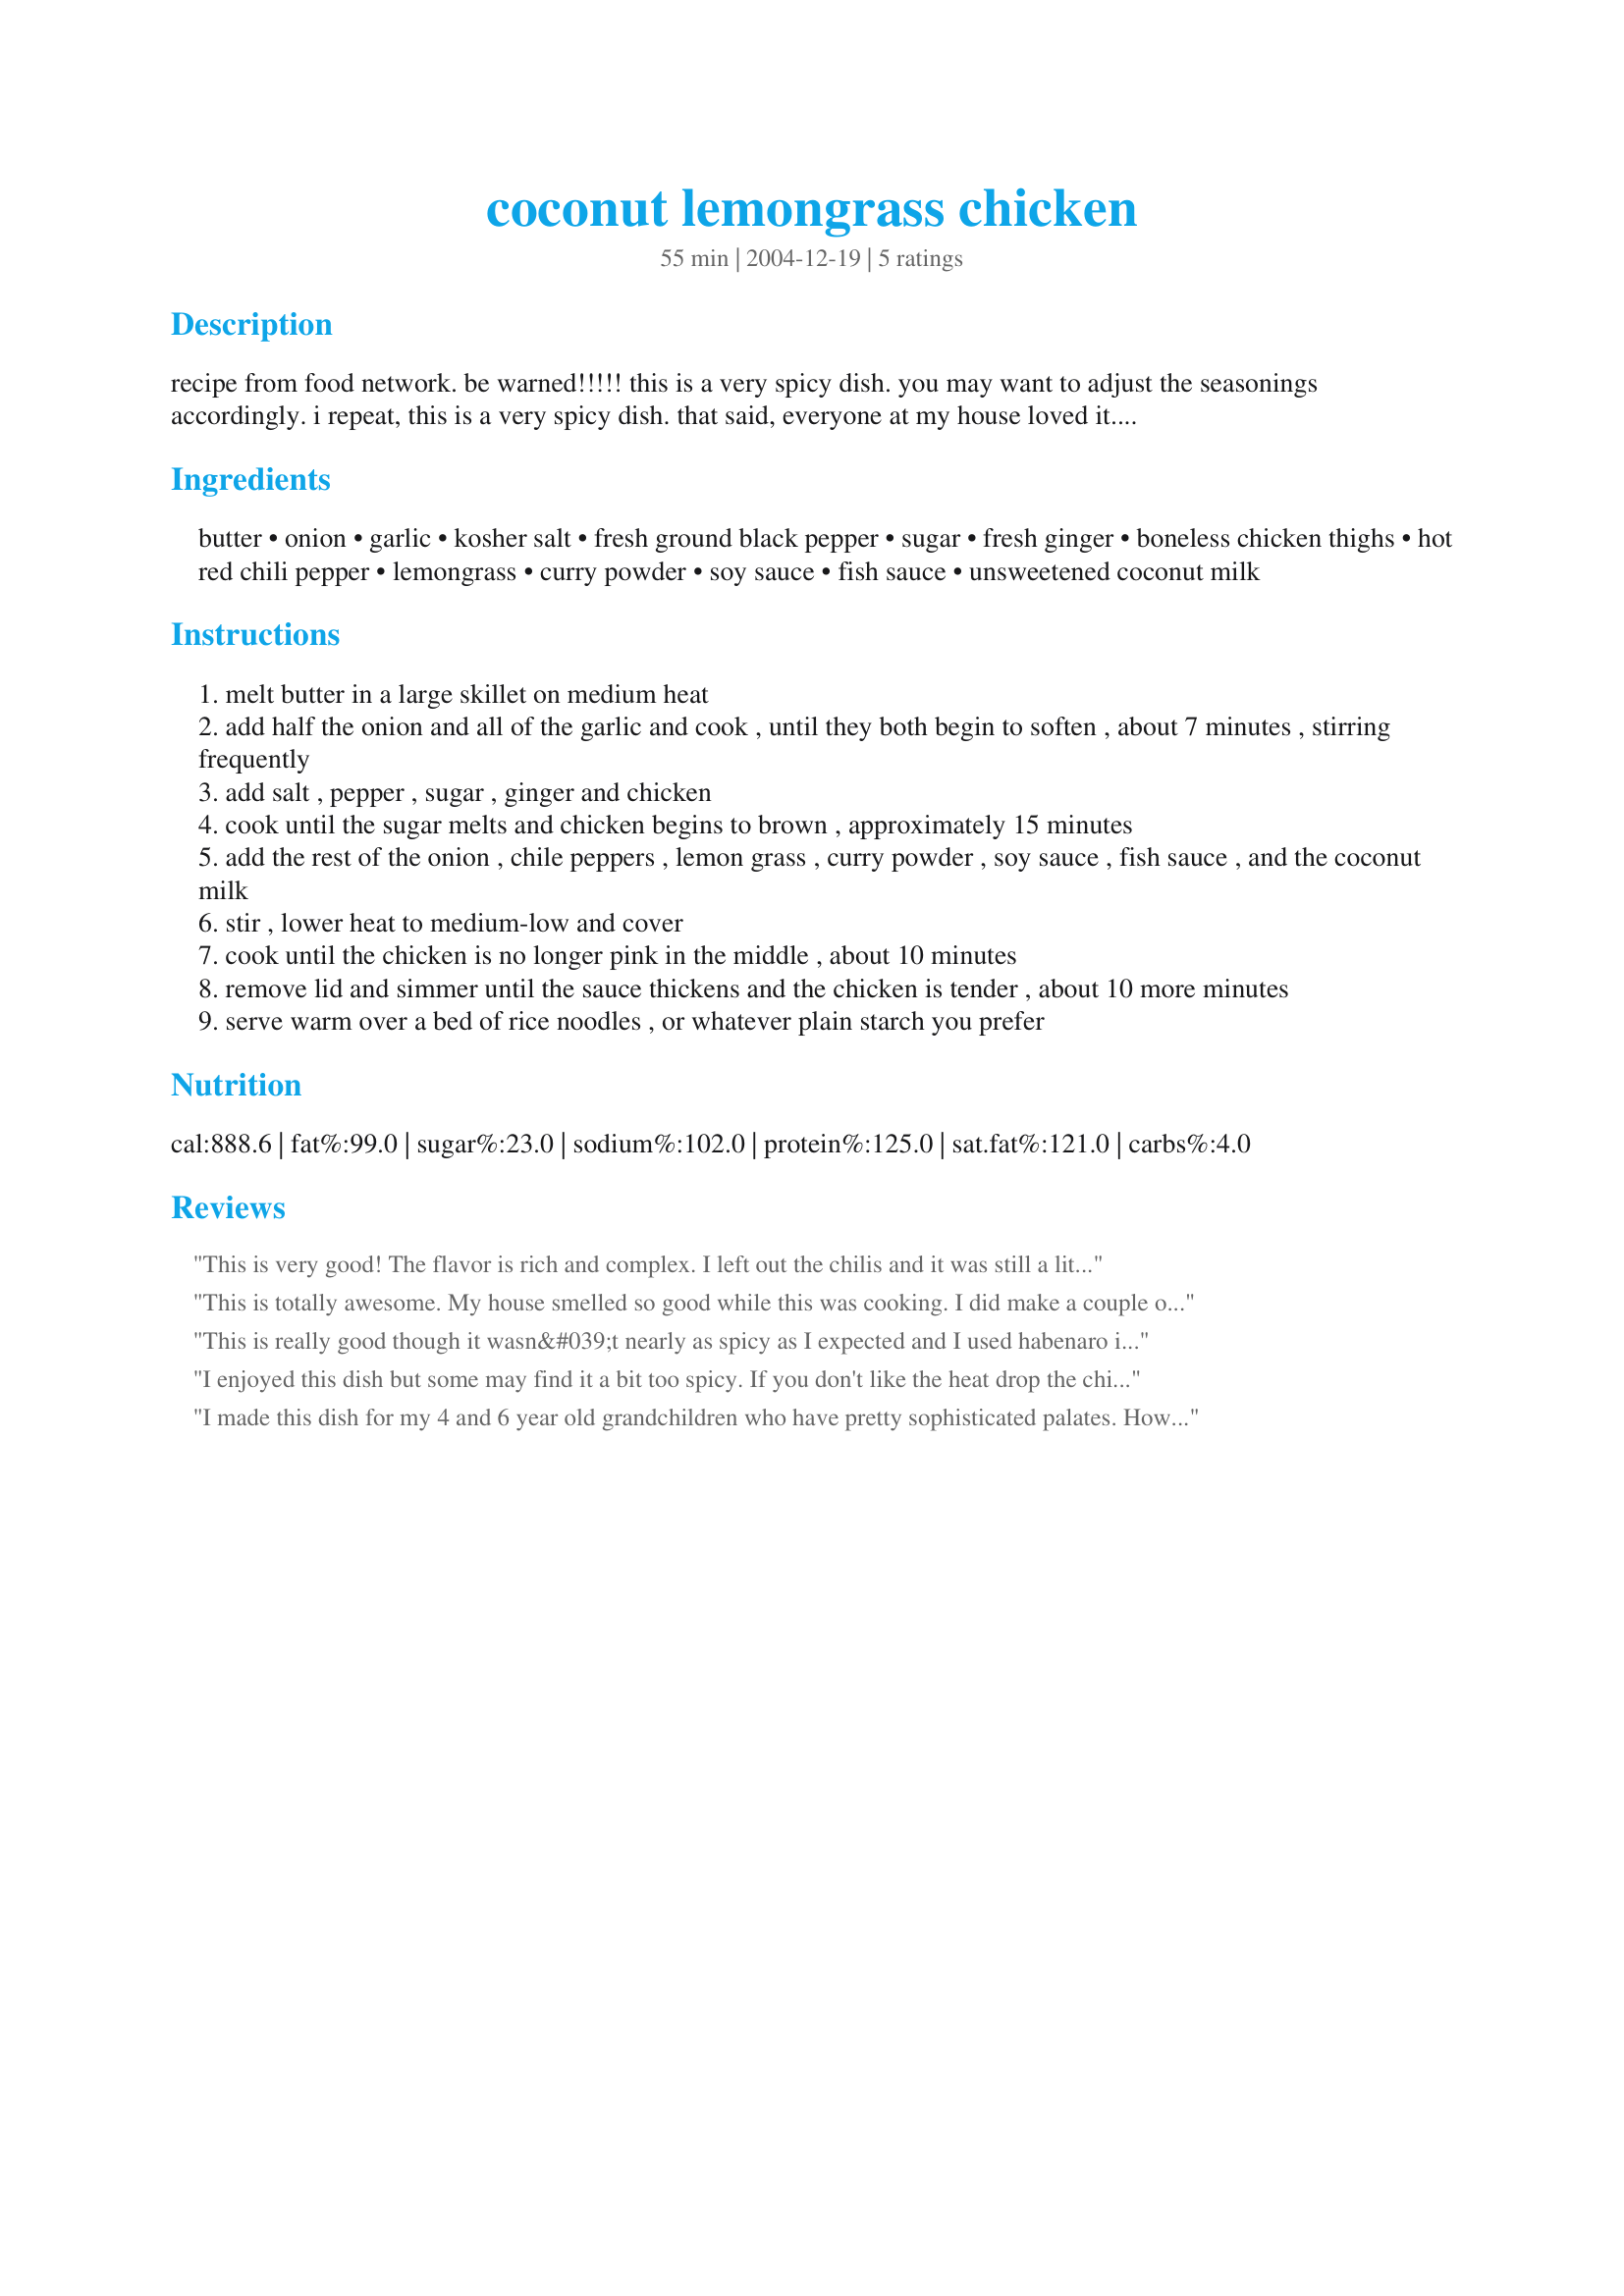
coconut lemongrass chicken
Preparation time: 55 minutes

recipe from food network. be warned!!!!! this is a very spicy dish. you may want to adjust the seasonings accordingly. i repeat, this is a very spicy dish. that said, everyone at my house loved it. the chicken (i used thighs) came about unbelievably melt in your mouth tender. serve on a bed of rice noodles. yummy!

Ingredients:
butter, onion, garlic, kosher salt, fresh ground black pepper, sugar, fresh ginger, boneless chicken thighs, hot red chili pepper, lemongrass, curry powder, soy sauce, fish sauce, unsweetened coconut milk

Steps:
melt butter in a large skillet on medium heat
add half the onion and all of the garlic and cook , until they both begin to soften , about 7 minutes , stirring frequently
add salt , pepper , sugar , ginger and chicken
cook until the sugar melts and chicken begins to brown , approximately 15 minutes
add the rest of the onion , chile peppers , lemon grass , curry powder , soy sauce , fish sauce , and the coconut milk
stir , lower heat to medium-low and cover
cook until the chicken is no longer pink in the middle , about 10 minutes
remove lid and simmer until the sauce thickens and the chicken is tender , about 10 more minutes
serve warm over a bed of rice noodles , or whatever plain starch you prefer

Reviews:
This is very good! The flavor is rich and complex. I left out the chilis and it was still a little spicy - I guess from the curry. Next time I will double the sauce ingredients as we wished there was more sauce for the noodles to soak up. This is only my second time cooking with lemongrass, so I may adjust my rating when I've tried it again. Personally, I would have given it 5 stars, but the family leaned more towards 4.
This is totally awesome. My house smelled so good while this was cooking. I did make a couple of small changes though, I can't find fresh lemon grass here, but had some in a tube, (it's like Lemon Grass paste), so I used that, and I was out of fresh peppers, so I used dried flakes. It was spicy but not burn your face offf hot, I used rice noodles, and will probably use a different type pasta next time as the MOTH thinks rice pasta is nasty... sheesh. Thanks for a new way to fix chicken
This is really good though it wasn&#039;t nearly as spicy as I expected and I used habenaro instead of chilies. I&#039;ll add even more spice next time. I did make a few changes but not a ton. I used pork instead of chicken because chicken is over $5 a pound and I can&#039;t afford it very often. I didn&#039;t have fish sauce so I had to substitute. At the end I decided I needed more veggies so I grated a carrot into the sauce and also added a grating of lime zest. This one&#039;s a keeper.
I enjoyed this dish but some may find it a bit too spicy. If you don't like the heat drop the chilly. All rounder good dish and versatile
I made this dish for my 4 and 6 year old grandchildren who have pretty sophisticated palates. However, I omitted the chilis all together and otherwise followed the directions. It was way too salty. I used a whole can of coconut milk and it was still too salty; I will add another can when I get to their house. Since I'm serving it over rice, I'm hoping we enjoy the dish. Stay tuned... ...We had dinner while babysitting the kiddos last night. I had to add two more full cans of light coconut milk (for a total of three) and still it was a bit salty and spicy. The kids loved it! I served it over brown rice with broccoli on the side. Needless to say I had plenty of sauce.
